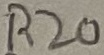
Text: R20